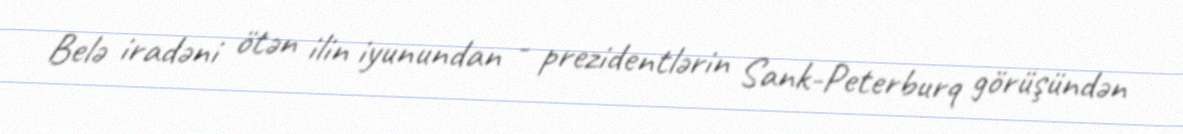
Belə iradəni ötən ilin iyunundan - prezidentlərin Sank-Peterburq görüşündən